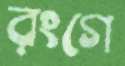
রংগে